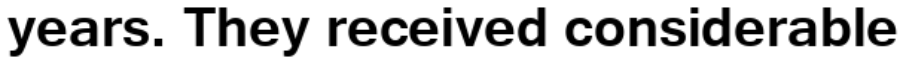
years. They received considerable